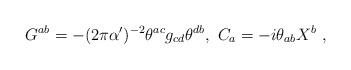
LaTeX: \begin{align*}G^{ab}=-(2\pi\alpha')^{-2}\theta^{ac}g_{cd}\theta^{db}, \ C_a=-i\theta_{ab}X^b \ ,\end{align*}